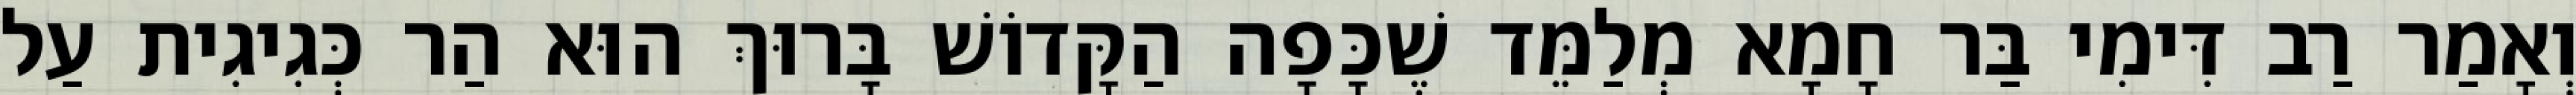
וְאָמַר רַב דִּימִי בַּר חָמָא מְלַמֵּד שֶׁכָּפָה הַקָּדוֹשׁ בָּרוּךְ הוּא הַר כְּגִיגִית עַל